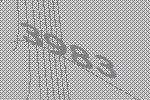
3983